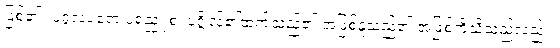
ဖြစ်၏။ ပုဂ္ဂလပရော ပရညူ စ၊ ပုဂ္ဂိုလ်၏ထက်သည်၏ အဖြစ်နှုံ့သည်၏ အဖြစ်ကိုသိသည်လည်း။